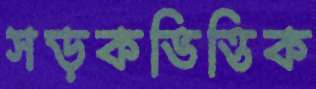
সড়কভিত্তিক